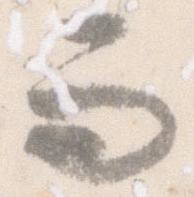
而